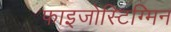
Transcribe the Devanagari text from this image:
फाइजोस्टिग्मिन